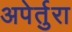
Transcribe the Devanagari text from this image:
अपेर्तुरा